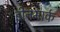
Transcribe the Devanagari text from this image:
डीनमार्क